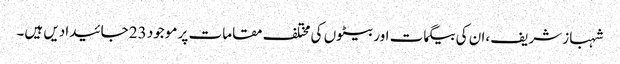
شہباز شریف ،ان کی بیگمات اور بیٹوں کی مختلف مقامات پر موجود 23 جائیدادیں ہیں۔